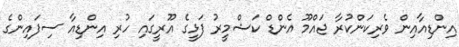
އިންޑިއާއިން ވެރިކަންކުރާ ޖައްމޫ އެންޑް ކަޝްމީރު ފަޅީގެ އޫރީގައި ހުރި އިންޑިއާ ސިފައިންގެ